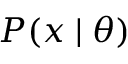
P ( x \mid \theta )